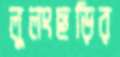
লুলংছড়ির